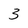
Character: 3